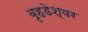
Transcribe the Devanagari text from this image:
बृहडेश्वर